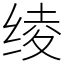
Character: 绫